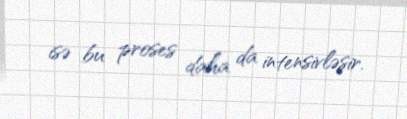
isə bu proses daha da intensivləşir.